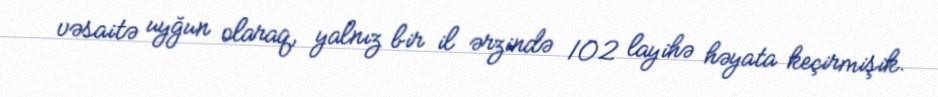
vəsaitə uyğun olaraq, yalnız bir il ərzində 102 layihə həyata keçirmişik.